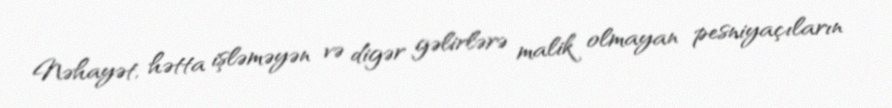
Nəhayət, hətta işləməyən və digər gəlirlərə malik olmayan pesniyaçıların